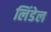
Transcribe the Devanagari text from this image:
लिंडेल